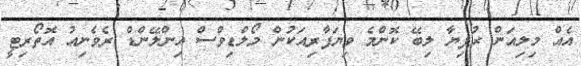
އެއް މިލިއަން ރުފިޔާ ލިބޭ ކޮންމެ ވިޔަފާރިއަކުން މޯލްޑިވްސް އިންލޭންޑް ރެވެނިއު އޮތޯރިޓީ